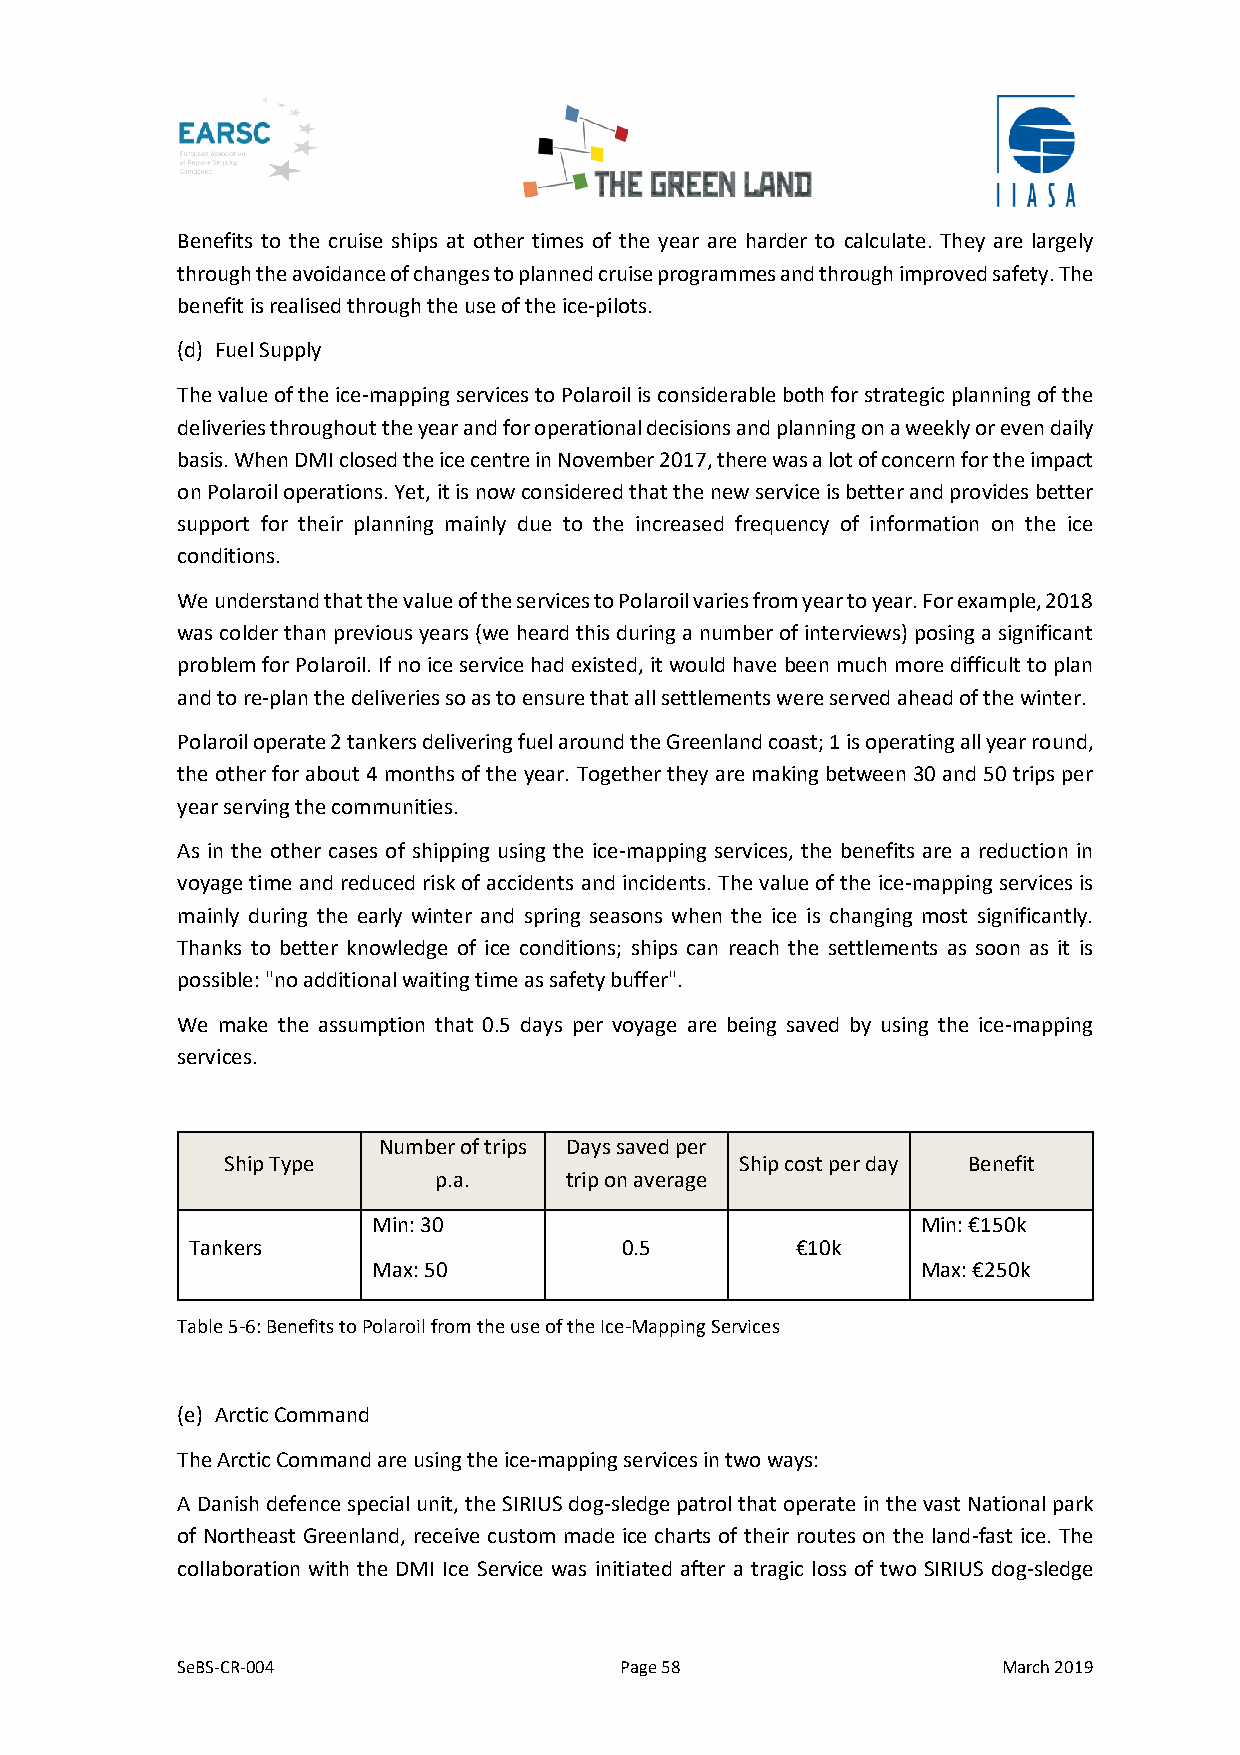
Benefits to the cruise ships at other times of the year are harder to calculate. They are largely
 through the avoidance of changes to planned cruise programmes and through improved safety. The
 benefit is realised through the use of the ice-pilots.
 (d) Fuel Supply
 The value of the ice-mapping services to Polaroil is considerable both for strategic planning of the
 deliveries throughout the year and for operational decisions and planning on a weekly or even daily
 basis. When DMI closed the ice centre in November 2017, there was a lot of concern for the impact
 on Polaroil operations. Yet, it is now considered that the new service is better and provides better
 support for their planning mainly due to the increased frequency of information on the ice
 conditions.
 We understand that the value of the services to Polaroil varies from year to year. For example, 2018
 was colder than previous years (we heard this during a number of interviews) posing a significant
 problem for Polaroil. If no ice service had existed, it would have been much more difficult to plan
 and to re-plan the deliveries so as to ensure that all settlements were served ahead of the winter.
 Polaroil operate 2 tankers delivering fuel around the Greenland coast; 1 is operating all year round,
 the other for about 4 months of the year. Together they are making between 30 and 50 trips per
 year serving the communities.
 As in the other cases of shipping using the ice-mapping services, the benefits are a reduction in
 voyage time and reduced risk of accidents and incidents. The value of the ice-mapping services is
 mainly during the early winter and spring seasons when the ice is changing most significantly.
 Thanks to better knowledge of ice conditions; ships can reach the settlements as soon as it is
 possible: "no additional waiting time as safety buffer".
 We make the assumption that 0.5 days per voyage are being saved by using the ice-mapping
 services.
 Number of trips Days saved per
 Ship Type                         Ship cost per day Benefit
 p.a.    trip on average
 Min: 30                             Min: €150k
 Tankers                     0.5         €10k
 Max: 50                             Max: €250k
 Table 5-6: Benefits to Polaroil from the use of the Ice-Mapping Services
 (e) Arctic Command
 The Arctic Command are using the ice-mapping services in two ways:
 A Danish defence special unit, the SIRIUS dog-sledge patrol that operate in the vast National park
 of Northeast Greenland, receive custom made ice charts of their routes on the land-fast ice. The
 collaboration with the DMI Ice Service was initiated after a tragic loss of two SIRIUS dog-sledge
 SeBS-CR-004                  Page 58                  March 2019